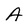
Character: A